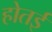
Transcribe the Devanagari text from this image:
होतई